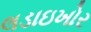
લડાઇખોર